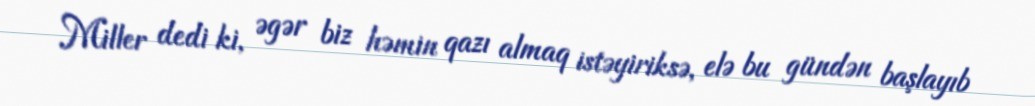
Miller dedi ki, əgər biz həmin qazı almaq istəyiriksə, elə bu gündən başlayıb